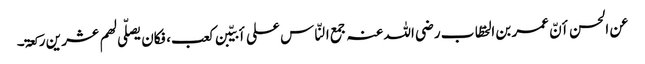
عن الحسن أنّ عمر بن الخطّاب رضی اللہ عنہ جمع النّاس علی أبیّبن کعب، فکان یصلّی لھم عشر ین رکعۃ۔